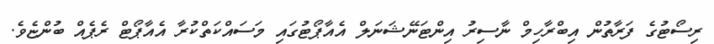
ރިސޯޓުގެ ފަރާތުން އިބްރާހިމް ނާސިރު އިންޓަނޭޝަނަލް އެއާޕޯޓުގައި މަސައްކަތްކުރާ އެއާޕޯޓް ރެޕެއް ބުންޏެވެ.